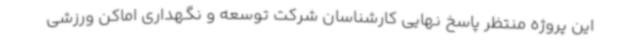
این پروژه منتظر پاسخ نهایی کارشناسان شرکت توسعه و نگهداری اماکن ورزشی